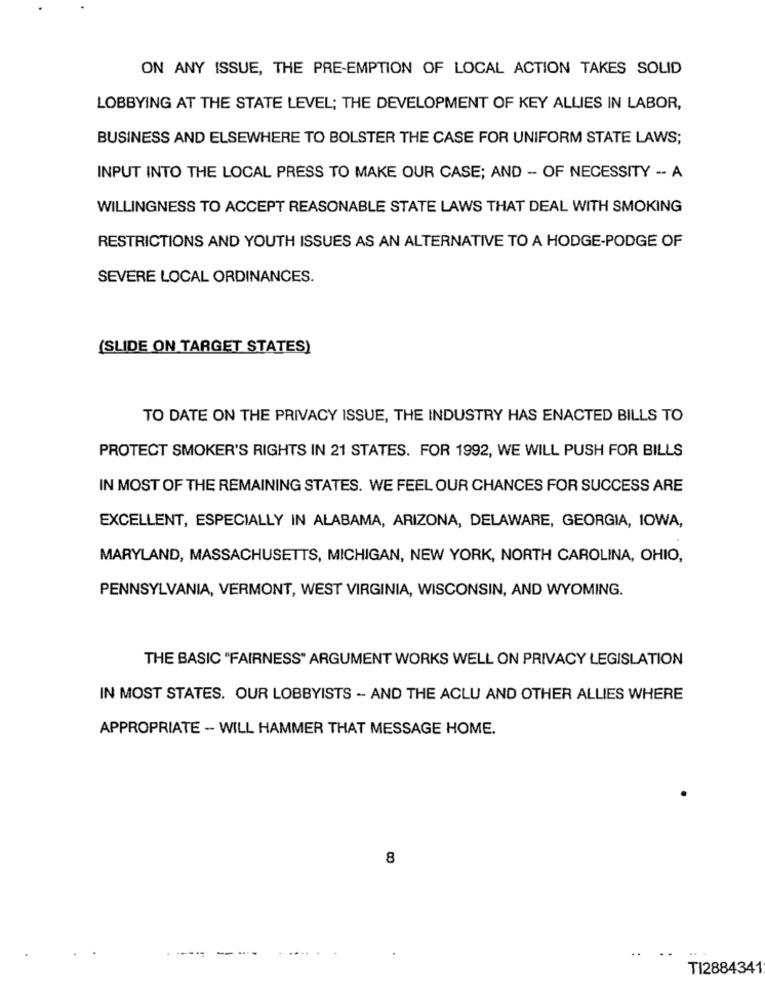
ON ANY ISSUE, THE PRE-EMPTION OF LOCAL ACTION TAKES SOLID
LOBBYING AT THE STATE LEVEL; THE DEVELOPMENT OF KEY ALLIES IN LABOR,
BUSINESS AND ELSEWHERE TO BOLSTER THE CASE FOR UNIFORM STATE LAWS;
INPUT INTO THE LOCAL PRESS TO MAKE OUR CASE; AND - OF NECESSITY -- A
WILLINGNESS TO ACCEPT REASONABLE STATE LAWS THAT DEAL WITH SMOKING
RESTRICTIONS AND YOUTH ISSUES AS AN ALTERNATIVE TO A HODGE-PODGE OF
SEVERE LOCAL ORDINANCES.
(SLIDE ON TARGET STATES)
TO DATE ON THE PRIVACY ISSUE, THE INDUSTRY HAS ENACTED BILLS TO
PROTECT SMOKER'S RIGHTS IN 21 STATES. FOR 1992, WE WILL PUSH FOR BILLS
IN MOST OF THE REMAINING STATES. WE FEEL OUR CHANCES FOR SUCCESS ARE
EXCELLENT, ESPECIALLY IN ALABAMA, ARIZONA, DELAWARE, GEORGIA, IOWA,
MARYLAND, MASSACHUSETTS, MICHIGAN, NEW YORK, NORTH CAROLINA, OHIO,
PENNSYLVANIA, VERMONT, WEST VIRGINIA, WISCONSIN, AND WYOMING.
THE BASIC "FAIRNESS" ARGUMENT WORKS WELL ON PRIVACY LEGISLATION
IN MOST STATES. OUR LOBBYISTS -- AND THE ACLU AND OTHER ALLIES WHERE
APPROPRIATE -- WILL HAMMER THAT MESSAGE HOME.
8
TI2884341